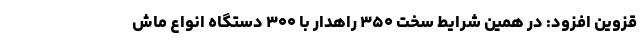
قزوین افزود: در همین شرایط سخت ۳۵۰ راهدار با ۳۰۰ دستگاه انواع ماش